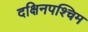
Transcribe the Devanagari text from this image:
दक्षिनपश्चिम